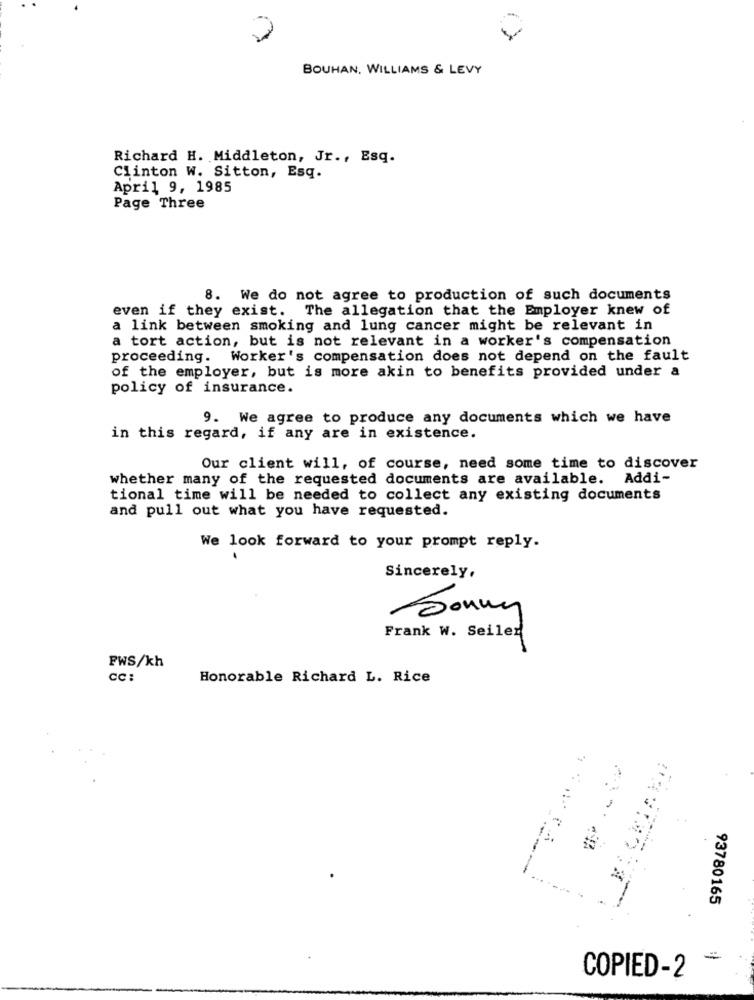
BOUHAN. WILLIAMS & LEVY
Richard H. Middleton, Jr ., Esq.
Clinton W. Sitton, Esq.
April 9, 1985
Page Three
8. We do not agree to production of such documents
even if they exist. The allegation that the Employer knew of
a link between smoking and lung cancer might be relevant in
a tort action, but is not relevant in a worker's compensation
proceeding. Worker's compensation does not depend on the fault
of the employer, but is more akin to benefits provided under a
policy of insurance.
9. We agree to produce any documents which we have
in this regard, if any are in existence.
Our client will, of course, need some time to discover
whether many of the requested documents are available. Addi-
tional time will be needed to collect any existing documents
and pull out what you have requested.
We look forward to your prompt reply.
Sincerely,
Sonny
Frank W. Seiler
PWS/kh
CC:
Honorable Richard L. Rice
93780165
=
COPIED-2